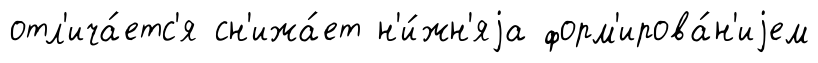
отл'ича́етс'я сн'ижа́ет н'и́жн'яjа форм'ирова́н'иjем